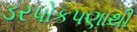
ડરપોકપણાથી